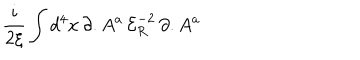
LaTeX: \frac { i } { 2 \xi } \int d ^ { 4 } x \, \partial . A ^ { a } \, { \mathcal { E } } _ { R } ^ { - 2 } \, \partial . A ^ { a }